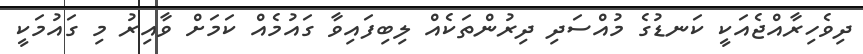
ދިވެހިރާއްޖެއަކީ ކަނޑުގެ މުއްސަދި ދިރުންތަކެއް ލިބިފައިވާ ގައުމެއް ކަމަށް ވާއިރު މި ގައުމަކީ